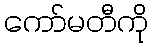
ကော်မတီကို